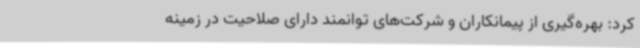
کرد: بهره‌گیری از پیمانکاران و شرکت‌های توانمند دارای صلاحیت در زمینه